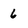
Character: 6